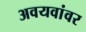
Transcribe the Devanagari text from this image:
अवयवांवर